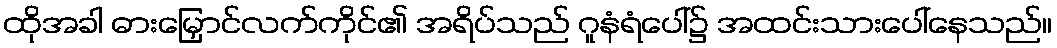
ထိုအခါ ဓားမြှောင်လက်ကိုင်၏ အရိပ်သည် ဂူနံရံပေါ်၌ အထင်းသားပေါ်နေသည်။